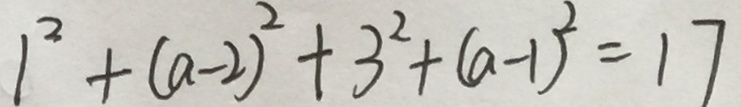
1 ^ { 2 } + ( a - 2 ) ^ { 2 } + 3 ^ { 2 } + ( a - 1 ) ^ { 2 } = 1 7